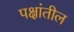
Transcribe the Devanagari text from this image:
पक्षांतील